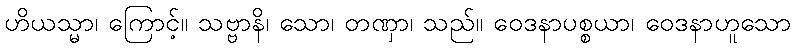
ဟိယသ္မာ၊ ကြောင့်။ သဗ္ဗာနိ၊ သော၊ တဏှာ၊ သည်။ ဝေဒနာပစ္စယာ၊ ဝေဒနာဟူသော